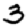
Digit: 3